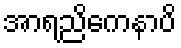
အာရညိကေနာပိ